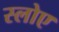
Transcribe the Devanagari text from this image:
स्लोए